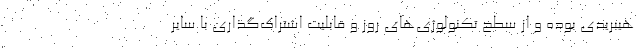
هیبریدی بوده و از سطح تکنولوژی‌های روز و قابلیت اشتراک‌گذاری با سایر